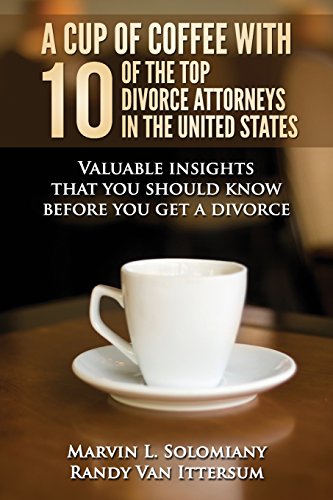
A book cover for A Cup Of Coffee With 10 Of The Top Divorce Attorneys In The United States: Valuable insights that you should know before you get a divorce; Marvin L. Solomiany; Law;